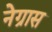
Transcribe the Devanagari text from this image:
नेग्रास